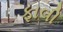
ફાલી